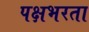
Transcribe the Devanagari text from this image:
पक्षभरता